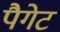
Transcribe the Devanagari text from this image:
पैगेट